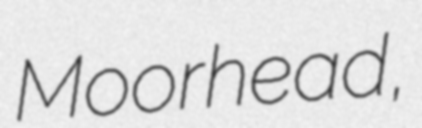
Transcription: Moorhead,